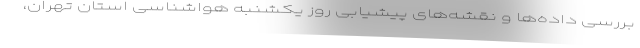
بررسی داده‌ها و نقشه‌های پیشیابی روز یکشنبه هواشناسی استان تهران،